Inquiry into the circumstances attending an outbreak of cholera in H. M.'s 18th Hussars at Secunderabad in the month of May
Year: 1871
Disease focus: Cholera
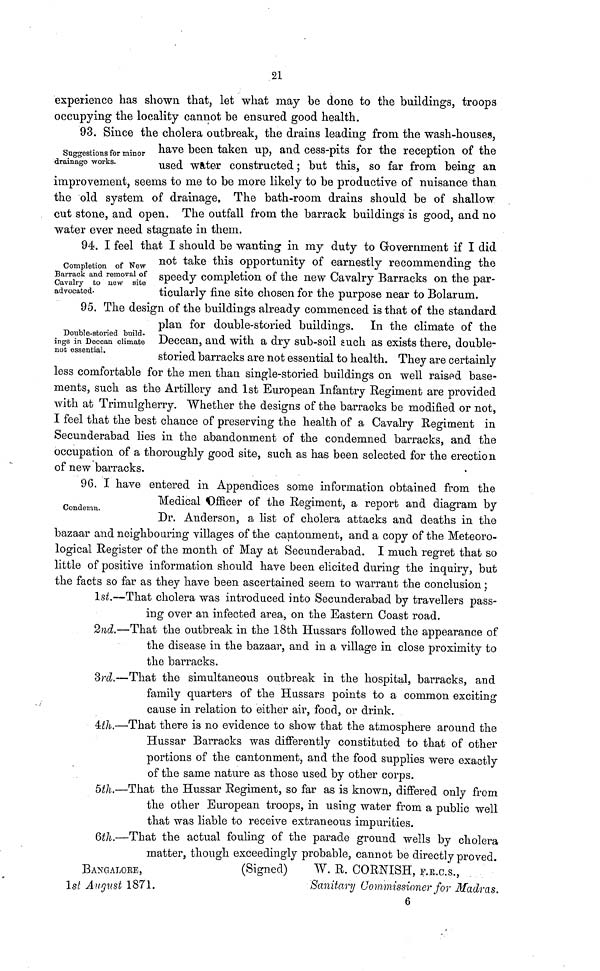
21
experience has shown that, let what may be done to the buildings, troops
occupying the locality cannot be ensured good health.
93. Since the cholera outbreak, the drains leading from the wash-houses,
suggestions for minor
drainage
works.
have
been taken up, and cess-pits for the reception of the
used water constructed; but this, so far from being an
improvement, seems to me to be more likely to be productive of nuisance than
the old system of drainage, The bath-room drains should be of shallow
cut stone, and open. The outfall from the barrack buildings is good, and no
water ever need stagnate in them.
94. I feel that I should be wanting in my duty to Government if I did
Completion of New
Barrack
and
removal
of
Cavalry
to
new
site
advocated. not
take
this
opportunity of earnestly recommending the
speedy completion of the new Cavalry Barracks on the par-
ticularly
fine
site chosen for the purpose near to Bolarum.
95. The design of the buildings already commenced is that of the standard
Double-storied build-
ings in Deccan climate
not
essential.
plan for double-storied buildings. In the climate of the
Deccan, and with a dry sub-soil such as exists there, double-
storied barracks are not essential to health. They are certainly
less comfortable for the men than single-storied buildings on well raised base-
ments, such as the Artillery and 1st European Infantry Regiment are provided
with at Trimulgherry. Whether the designs of the barracks be modified or not,
I feel that the best chance of preserving the health of a Cavalry Regiment in
Secunderabad lies in the abandonment of the condemned barracks, and the
occupation of a thoroughly good site, such as has been selected for the erection
of new barracks.
96. I have entered in Appendices some information obtained from the
Condemn.
Medical Officer of the Regiment, a report and diagram by
Dr. Anderson, a list of cholera attacks and deaths in the
bazaar and neighbouring villages of the cantonment, and a copy of the Meteoro-
logical Register of the month of May at Secunderabad. I much regret that so
little of positive information should have been elicited during the inquiry, but
the facts so far as they have been ascertained seem to warrant the conclusion;
1st.—That cholera was introduced into Secunderabad by travellers pass-
ing over an infected area, on the Eastern Coast road.
2nd.—That the outbreak in the 18th Hussars followed the appearance of
the disease in the bazaar, and in a village in close proximity to
the barracks.
3rd.—That the simultaneous outbreak in the hospital, barracks, and
family quarters of the Hussars points to a common exciting
cause in relation to either air, food, or drink.
4th.—That there is no evidence to show that the atmosphere around the
Hussar Barracks was differently constituted to that of other
portions of the cantonment, and the food supplies were exactly
of the same nature as those used by other corps.
5th.—That the Hussar Regiment, so far as is known, differed only from
the other European troops, in using water from a public well
that was liable to receive extraneous impurities.
6th.—That the actual fouling of the parade ground wells by cholera
matter, though exceedingly probable, cannot be directly proved.
BANGALORE,
(Signed)
W. R. CORNISH, F.R.C.S.,
1st August 1871,
Sanitary Commissioner for Madras.
6